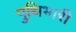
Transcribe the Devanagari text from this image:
पुथिभारी